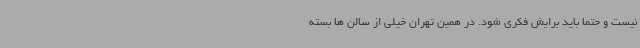
نیست و حتما باید برایش فکری شود. در همین تهران خیلی از سالن ها بسته